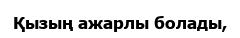
Қызың ажарлы болады,